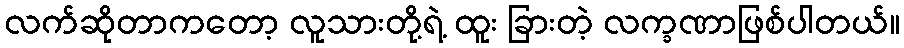
လက်ဆိုတာကတော့ လူသားတို့ရဲ့ ထူး ခြားတဲ့ လက္ခဏာဖြစ်ပါတယ်။